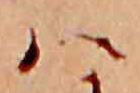
ハ